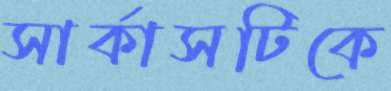
সার্কাসটিকে